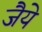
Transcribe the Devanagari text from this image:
जैये